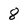
Character: 8